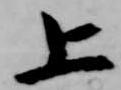
上